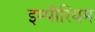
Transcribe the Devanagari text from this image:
इम्पीरियम